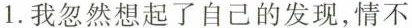
1.我忽然想起了自己的发现，情不